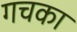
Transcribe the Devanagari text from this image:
गचका